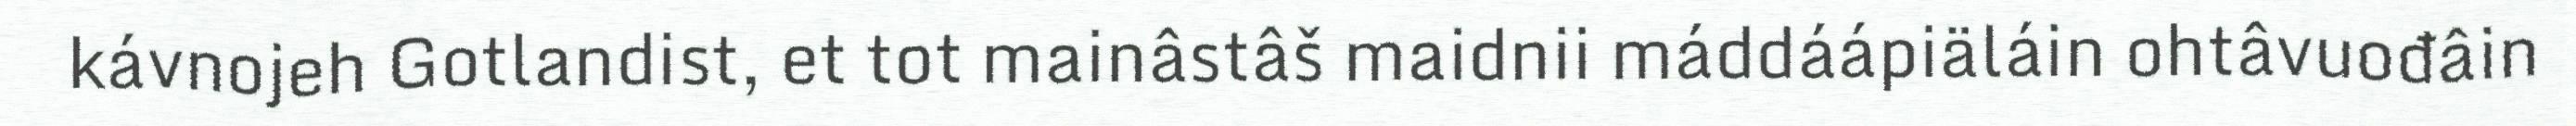
kávnojeh Gotlandist, et tot mainâstâš maidnii máddáápiäláin ohtâvuođâin